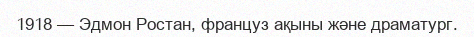
1918 — Эдмон Ростан, француз ақыны және драматург.